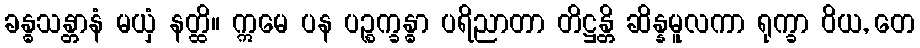
ခန္ဓသန္တာနံ မယှံ နတ္ထိ။ ဣမေ ပန ပဉ္စက္ခန္ဓာ ပရိညာတာ တိဋ္ဌန္တိ ဆိန္နမူလကာ ရုက္ခာ ဝိယ, တေ